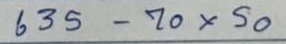
635 - 70x50